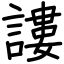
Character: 謱